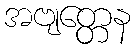
အဗျတ္တေန